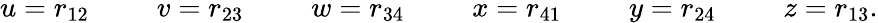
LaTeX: u=r_{12}\phantom{space}v=r_{23}\phantom{space}w=r_{34}\phantom{space}x=r_{41}\phantom{space}y=r_{24}\phantom{space}z=r_{13}.